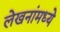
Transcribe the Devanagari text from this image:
लेखनांमध्ये